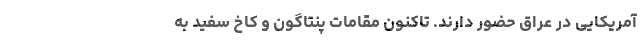
آمریکایی در عراق حضور دارند. تاکنون مقامات پنتاگون و کاخ سفید به